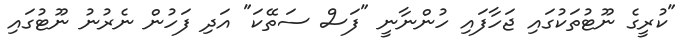
"ކުރީގެ ނޫޓުތަކުގައި ޖަހާފައި ހުންނާނީ "ފަސް ސަތޭކަ" އަދި ފަހުން ނެރުނު ނޫޓުގައި